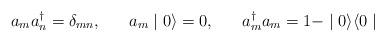
LaTeX: \begin{align*}a_{m} a^{\dagger}_{n} = \delta_{mn}, \;\;\;\;\;\; a_{m} \mid 0 \rangle = 0, \;\;\;\;\;\; a^{\dagger}_{m} a_{m} = 1 - \mid 0 \rangle \langle 0 \mid\end{align*}